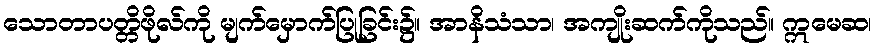
သောတာပတ္တိဖိုလ်ကို မျက်မှောက်ပြုခြင်း၌။ အာနိသံသာ၊ အကျိုးဆက်ကိုသည်။ ဣမေဆ၊